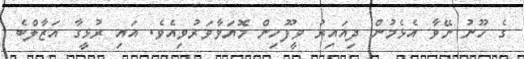
ގެ ހޫނު ނޭވާ އެޅެމުން ދިއައިރު ވީފޫހިން މޮޔަވާވަރުވިއެވެ. އައި ރުޅީގާ އަޒާލްބެ